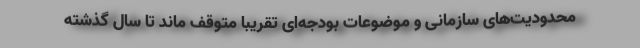
محدودیت‌های سازمانی و موضوعات بودجه‌ای تقریباً متوقف ماند تا سال گذشته